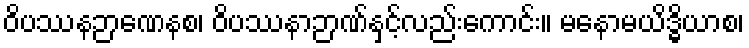
ဝိပဿနဉာဏေနစ၊ ဝိပဿနာဉာဏ်နှင့်လည်းကောင်း။ မနောမယိဒ္ဓိယာစ၊